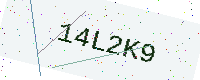
Text: 14L2K9